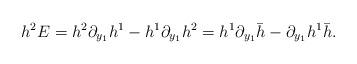
LaTeX: \begin{align*}h^2 E=h^2\partial_{y_1}h^1 -h^1\partial_{y_1}h^2= h^1\partial_{y_1}\bar{h}-\partial_{y_1}h^1\bar{h}.\end{align*}